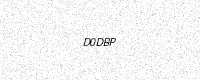
Text: D0DBP